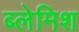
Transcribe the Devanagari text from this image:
ब्लेमिश